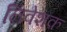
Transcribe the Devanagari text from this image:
निवेशक़